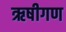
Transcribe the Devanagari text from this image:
ऋषीगण